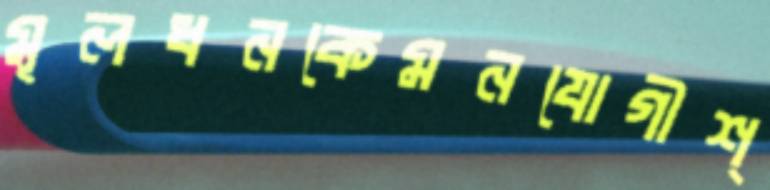
মূলধনকেমনযোগীশ্